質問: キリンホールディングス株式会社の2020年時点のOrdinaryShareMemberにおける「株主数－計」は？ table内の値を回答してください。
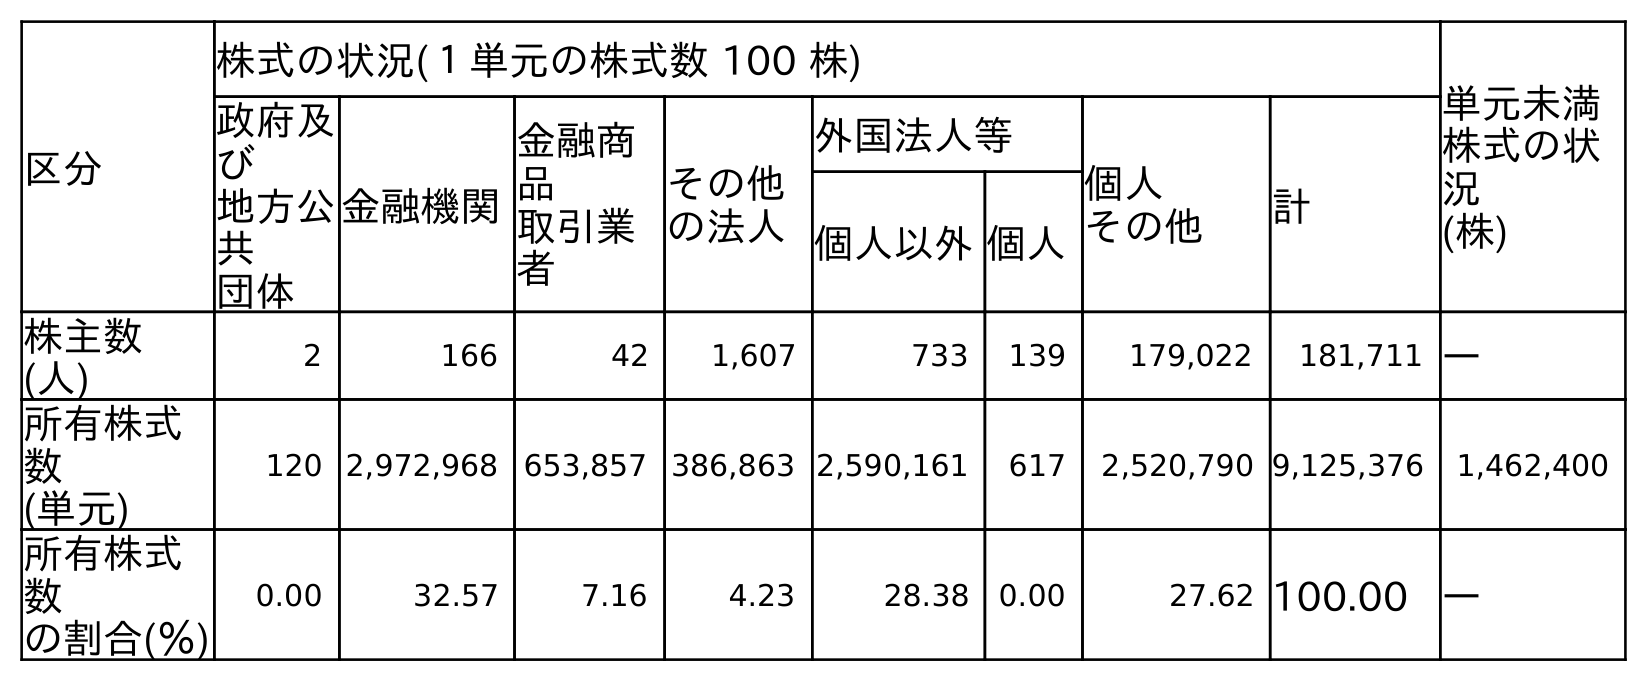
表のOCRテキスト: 区分 株式の状況(１単元の株式数 100 株) 単元未満 株式の状 況 (株) 政府及 び 地方公 共 団体 金融機関 金融商 品 取引業 者 その他 の法人 外国法人等 個人 その他 計 個人以外個人 株主数 (人) 2 166 42 1,607 733 139 179,022 181,711 ― 所有株式 数 (単元) 120 2,972,968 653,857 386,863 2,590,161 617 2,520,790 9,125,376 1,462,400 所有株式 数 の割合(％) 0.00 32.57 7.16 4.23 28.38 0.00 27.62 100.00 ―
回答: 181,711